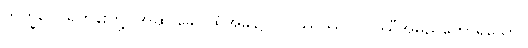
ဘိက္ခဝေ၊ ရဟန်းတို့။ အထ ခေါ၊ ထိုအခါ၌။ ဝိပဿိဿ၊ ဝိပဿီအမည်တော်ရှိသော။